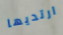
ارتديها